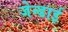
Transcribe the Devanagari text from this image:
जेन्‍डाई